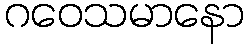
ဂဝေသမာနော